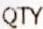
QTY